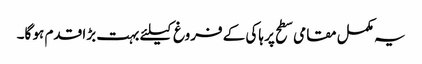
یہ مکمل مقامی سطح پر ہاکی کے فروغ کیلئے بہت بڑا قدم ہو گا۔